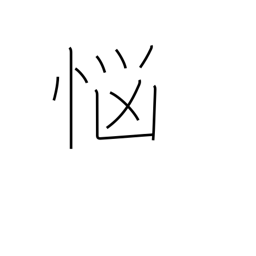
Meaning: distress